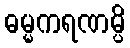
ဓမ္မကရဏမ္ပိ